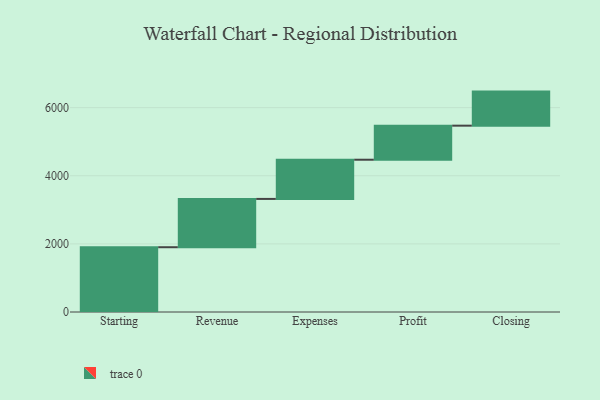
{"axis": {"x": "Step", "y": "Value"}, "legend": [""], "data": [{"x": "Starting", "y": 1902.0, "type": ""}, {"x": "Revenue", "y": 1418.0, "type": ""}, {"x": "Expenses", "y": 1151.0, "type": ""}, {"x": "Profit", "y": 1000, "type": ""}, {"x": "Closing", "y": 1000, "type": ""}]}